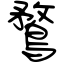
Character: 鶩